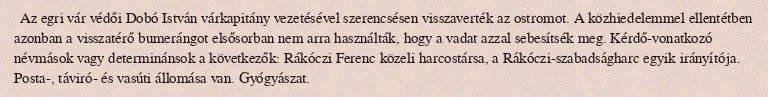
Az egri vár védői Dobó István várkapitány vezetésével szerencsésen visszaverték az ostromot. A közhiedelemmel ellentétben azonban a visszatérő bumerángot elsősorban nem arra használták, hogy a vadat azzal sebesítsék meg. Kérdő-vonatkozó névmások vagy determinánsok a következők: Rákóczi Ferenc közeli harcostársa, a Rákóczi-szabadságharc egyik irányítója. Posta-, táviró- és vasúti állomása van. Gyógyászat.